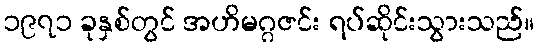
၁၉၇၁ ခုနှစ်တွင် အဟိမဂ္ဂဇင်း ရပ်ဆိုင်းသွားသည်။